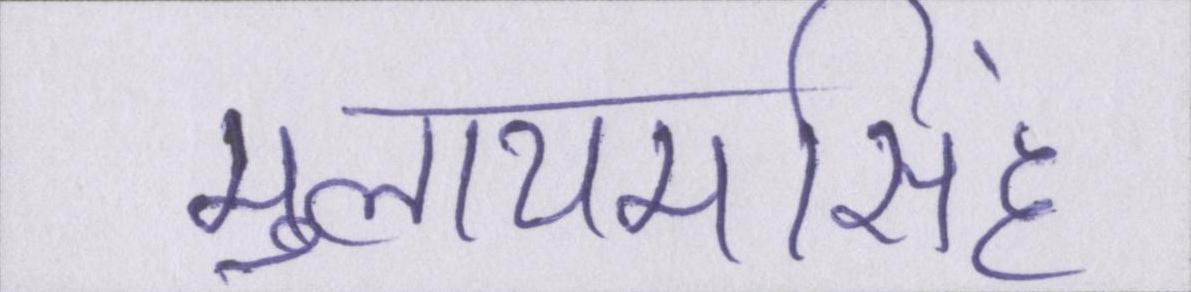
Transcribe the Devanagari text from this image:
मुलायमसिंह